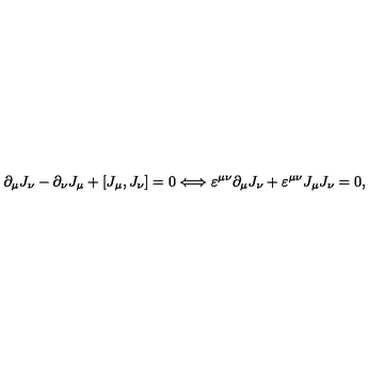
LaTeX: { \partial } _ { \mu } J _ { \nu } - { \partial } _ { \nu } J _ { \mu } + [ J _ { \mu } , J _ { \nu } ] = 0 \Longleftrightarrow \varepsilon ^ { \mu \nu } { \partial } _ { \mu } J _ { \nu } + \varepsilon ^ { \mu \nu } J _ { \mu } J _ { \nu } = 0 ,